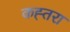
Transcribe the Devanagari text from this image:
कह्तरा